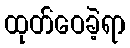
ထုတ်ဝေခဲ့ရာ